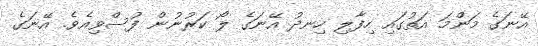
އޭނަގެ މަންމަ އަތުގައި ހިފާލި ހިނދު އޭނަގެ ލޯ ކަރުނުން ފުސްވިއެވެ. އޭނަގެ